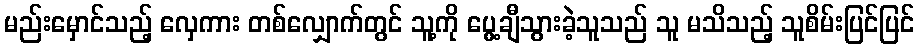
မည်းမှောင်သည့် လှေကား တစ်လျှောက်တွင် သူ့ကို ပွေ့ချီသွားခဲ့သူသည် သူ မသိသည့် သူစိမ်းပြင်ပြင်